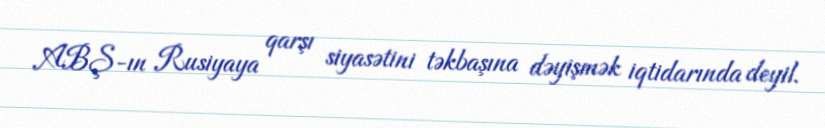
ABŞ-ın Rusiyaya qarşı siyasətini təkbaşına dəyişmək iqtidarında deyil.